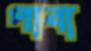
গাবা